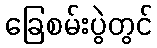
ခြေစမ်းပွဲတွင်